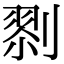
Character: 𠞨